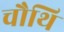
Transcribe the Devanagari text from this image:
चौथि